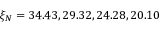
\xi _ { N } = 3 4 . 4 3 , 2 9 . 3 2 , 2 4 . 2 8 , 2 0 . 1 0